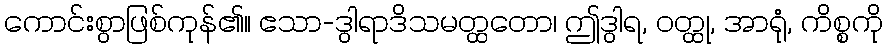
ကောင်းစွာဖြစ်ကုန်၏။ ဧသာ-ဒွါရာဒိသမတ္ထတော၊ ဤဒွါရ, ဝတ္ထု, အာရုံ, ကိစ္စကို